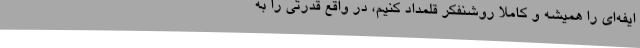
ایفه‌ای را همیشه و کاملا روشنفکر قلمداد کنیم، در واقع قدرتی را به